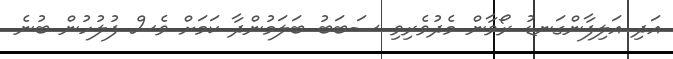
އަދި އަލިފާންގަނޑު ރޯވާން މެދުވެރިވި ސަބަބު ބަލަމުންދާ ކަމަށް ވެސް ފުލުހުން ބުނެ